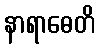
နာရာဓေတိ